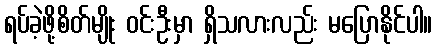
ရပ်ခဲ့ဖို့စိတ်မျိုး ဝင်းဦးမှာ ရှိသလားလည်း မပြောနိုင်ပါ။